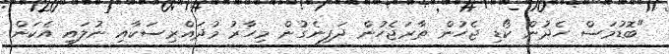
"ބޮޑުމަސް ހެދުން ކޯޑި ޖެހުން ތާރަޖެހުން ދަފިނެގުން މިހާރު މުދައްރިސަކާއި ނުލައި އެކަން